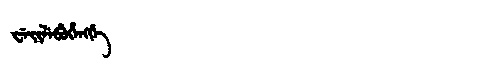
Manchu: ᠸᡝᡳᠯᡝᠪᡠᡥᡝᠩᡤᡝ
Romanization: WEILEBUHENGGE